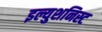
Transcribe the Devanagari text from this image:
इल्युशनिस्ट